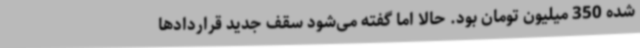
شده 350 میلیون تومان بود. حالا اما گفته می‌شود سقف جدید قراردادها